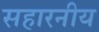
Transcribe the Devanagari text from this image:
सहारनीय